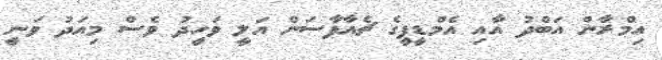
އިމްރާން އަބްދު އާއި އެމްޑީޕީގެ ޗެއާޕާސަން އަލީ ވަހީދު ވެސް މިއަދު ވަނީ